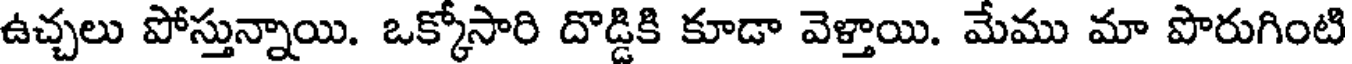
ఉచ్చలు పోస్తున్నాయి. ఒక్కోసారి దొడ్డికి కూడా వెళ్తాయి. మేము మా పొరుగింటి